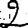
Digit: 2